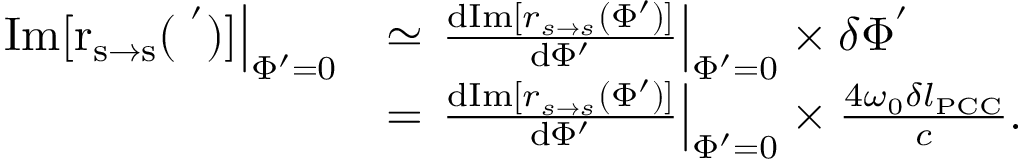
\begin{array} { r l } { \left. \mathrm { I m [ r _ { s \rightarrow s } ( \Phi ^ { ' } ) ] } \right| _ { \Phi ^ { \prime } = 0 } } & { \simeq \left. \frac { \mathrm { d } \mathrm { I m } [ r _ { s \rightarrow s } ( \Phi ^ { \prime } ) ] } { \mathrm { d } \Phi ^ { \prime } } \right| _ { \Phi ^ { \prime } = 0 } \times \delta \Phi ^ { ' } } \\ & { = \left. \frac { \mathrm { d } \mathrm { I m } [ r _ { s \rightarrow s } ( \Phi ^ { \prime } ) ] } { \mathrm { d } \Phi ^ { \prime } } \right| _ { \Phi ^ { \prime } = 0 } \times \frac { 4 \omega _ { 0 } \delta l _ { \mathrm { P C C } } } { c } . } \end{array}